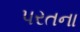
પરતના